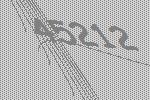
45212